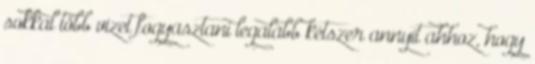
sokkal több vizet fogyasztani legalább kétszer annyit ahhoz, hogy